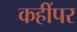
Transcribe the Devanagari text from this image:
कहींपर